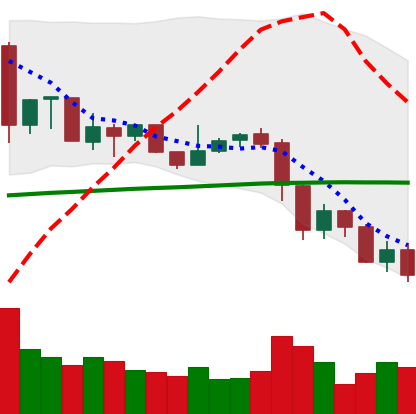
Ticker: XRP-USD
Chart end date: 2019-07-16
Forward return: 11.655%
Label: up_7plus